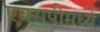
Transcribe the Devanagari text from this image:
एक्सपीमध्ये